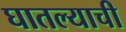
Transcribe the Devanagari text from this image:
घातल्याची